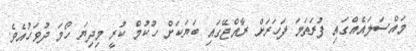
މައްސަލައެއްގައި ފުރަތަމަ ފަހަރަށް ރާއްޖޭގައި ބަޔަކަށް ހުކުމް ކުރީ މިދިޔަ ހޯމަ ދުވަހުއެވެ.